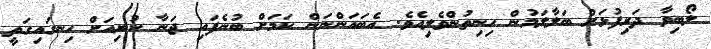
ލޯބިވާ ދަރިފުޅަށް ބަލާލަމުން ހިނިތުންވެލިއެވެ. އެބައަންނަން ކަމަށް ބުނެފައި ޖަނާ ކުރިއަށް ހިނގައިގަތީ